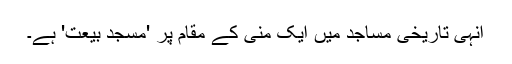
انہی تاریخی مساجد میں ایک منیٰ کے مقام پر 'مسجد بیعت' ہے۔